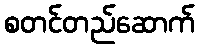
စတင်တည်ဆောက်